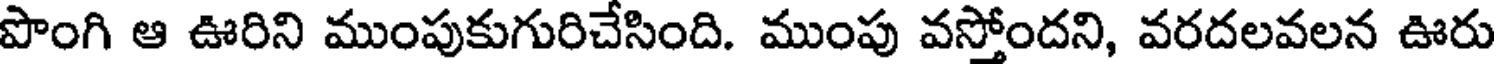
పొంగి ఆ ఊరిని ముంపుకుగురిచేసింది. ముంపు వస్తోందని, వరదలవలన ఊరు